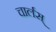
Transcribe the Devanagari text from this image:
चार्लस्‌